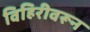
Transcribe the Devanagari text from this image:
विहिरीवरून